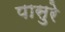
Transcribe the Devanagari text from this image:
पासुरे